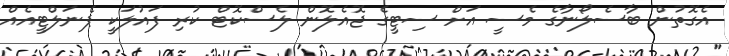
އެގޮތުން ބާސެލޯނާގެ މެސީ އަށް ސިޓީގެ ޖޮއެލޮން ލެސްކޮޓް ކުރި ފައުލަކީ ޕެނަލްޓީއެއް